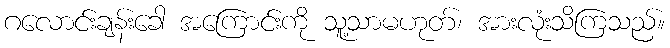
ဂလောင်းချန်းခေါ အကြောင်းကို သူ့သာမဟုတ်၊ အားလုံးသိကြသည်။